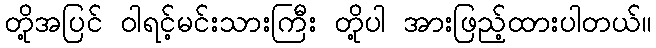
တို့အပြင် ဝါရင့်မင်းသားကြီး တို့ပါ အားဖြည့်ထားပါတယ်။